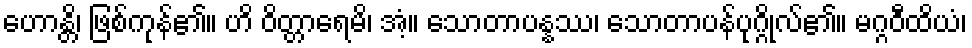
ဟောန္တိ၊ ဖြစ်ကုန်၏။ ဟိ ဝိတ္တာရေမိ၊ အံ့။ သောတာပန္နဿ၊ သောတာပန်ပုဂ္ဂိုလ်၏။ မဂ္ဂဝီထိယံ၊